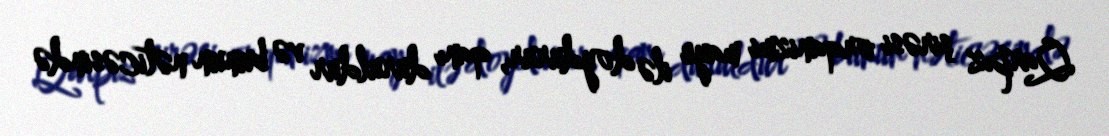
Qarpız şirəsi orqanizmi maye ilə doydurur, qanı duruldur və bunun nəticəsində